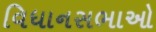
વિધાનસભાઓ